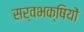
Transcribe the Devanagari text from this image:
सर्वभक्षियों